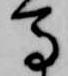
馬